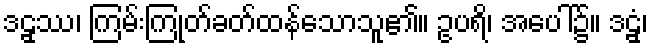
ဒဠှဿ၊ ကြမ်းကြုတ်ခတ်ထန်သောသူ၏။ ဥပရိ၊ အပေါ်၌။ ဒဠှံ၊